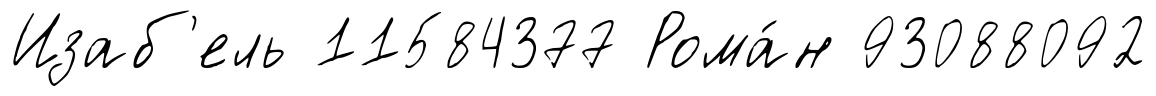
Изаб'ель 11584377 Рома́н 93088092